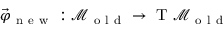
\vec { \varphi } _ { \mathrm { ~ n ~ e ~ w ~ } } : \mathcal { M } _ { \mathrm { ~ o ~ l ~ d ~ } } \to \mathrm { ~ T ~ } \mathcal { M } _ { \mathrm { ~ o ~ l ~ d ~ } }